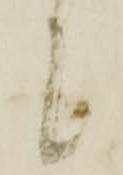
候